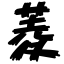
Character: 菱